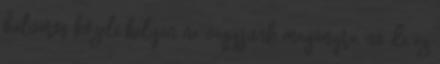
belváros közeli helyen ne vágyjunk magányra, no de ez